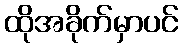
ထိုအခိုက်မှာပင်